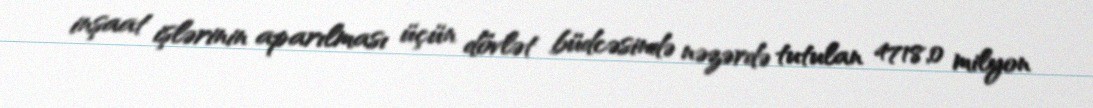
inşaat işlərinin aparılması üçün dövlət büdcəsində nəzərdə tutulan 4718,0 milyon